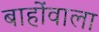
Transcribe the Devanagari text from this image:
बाहोंवाला